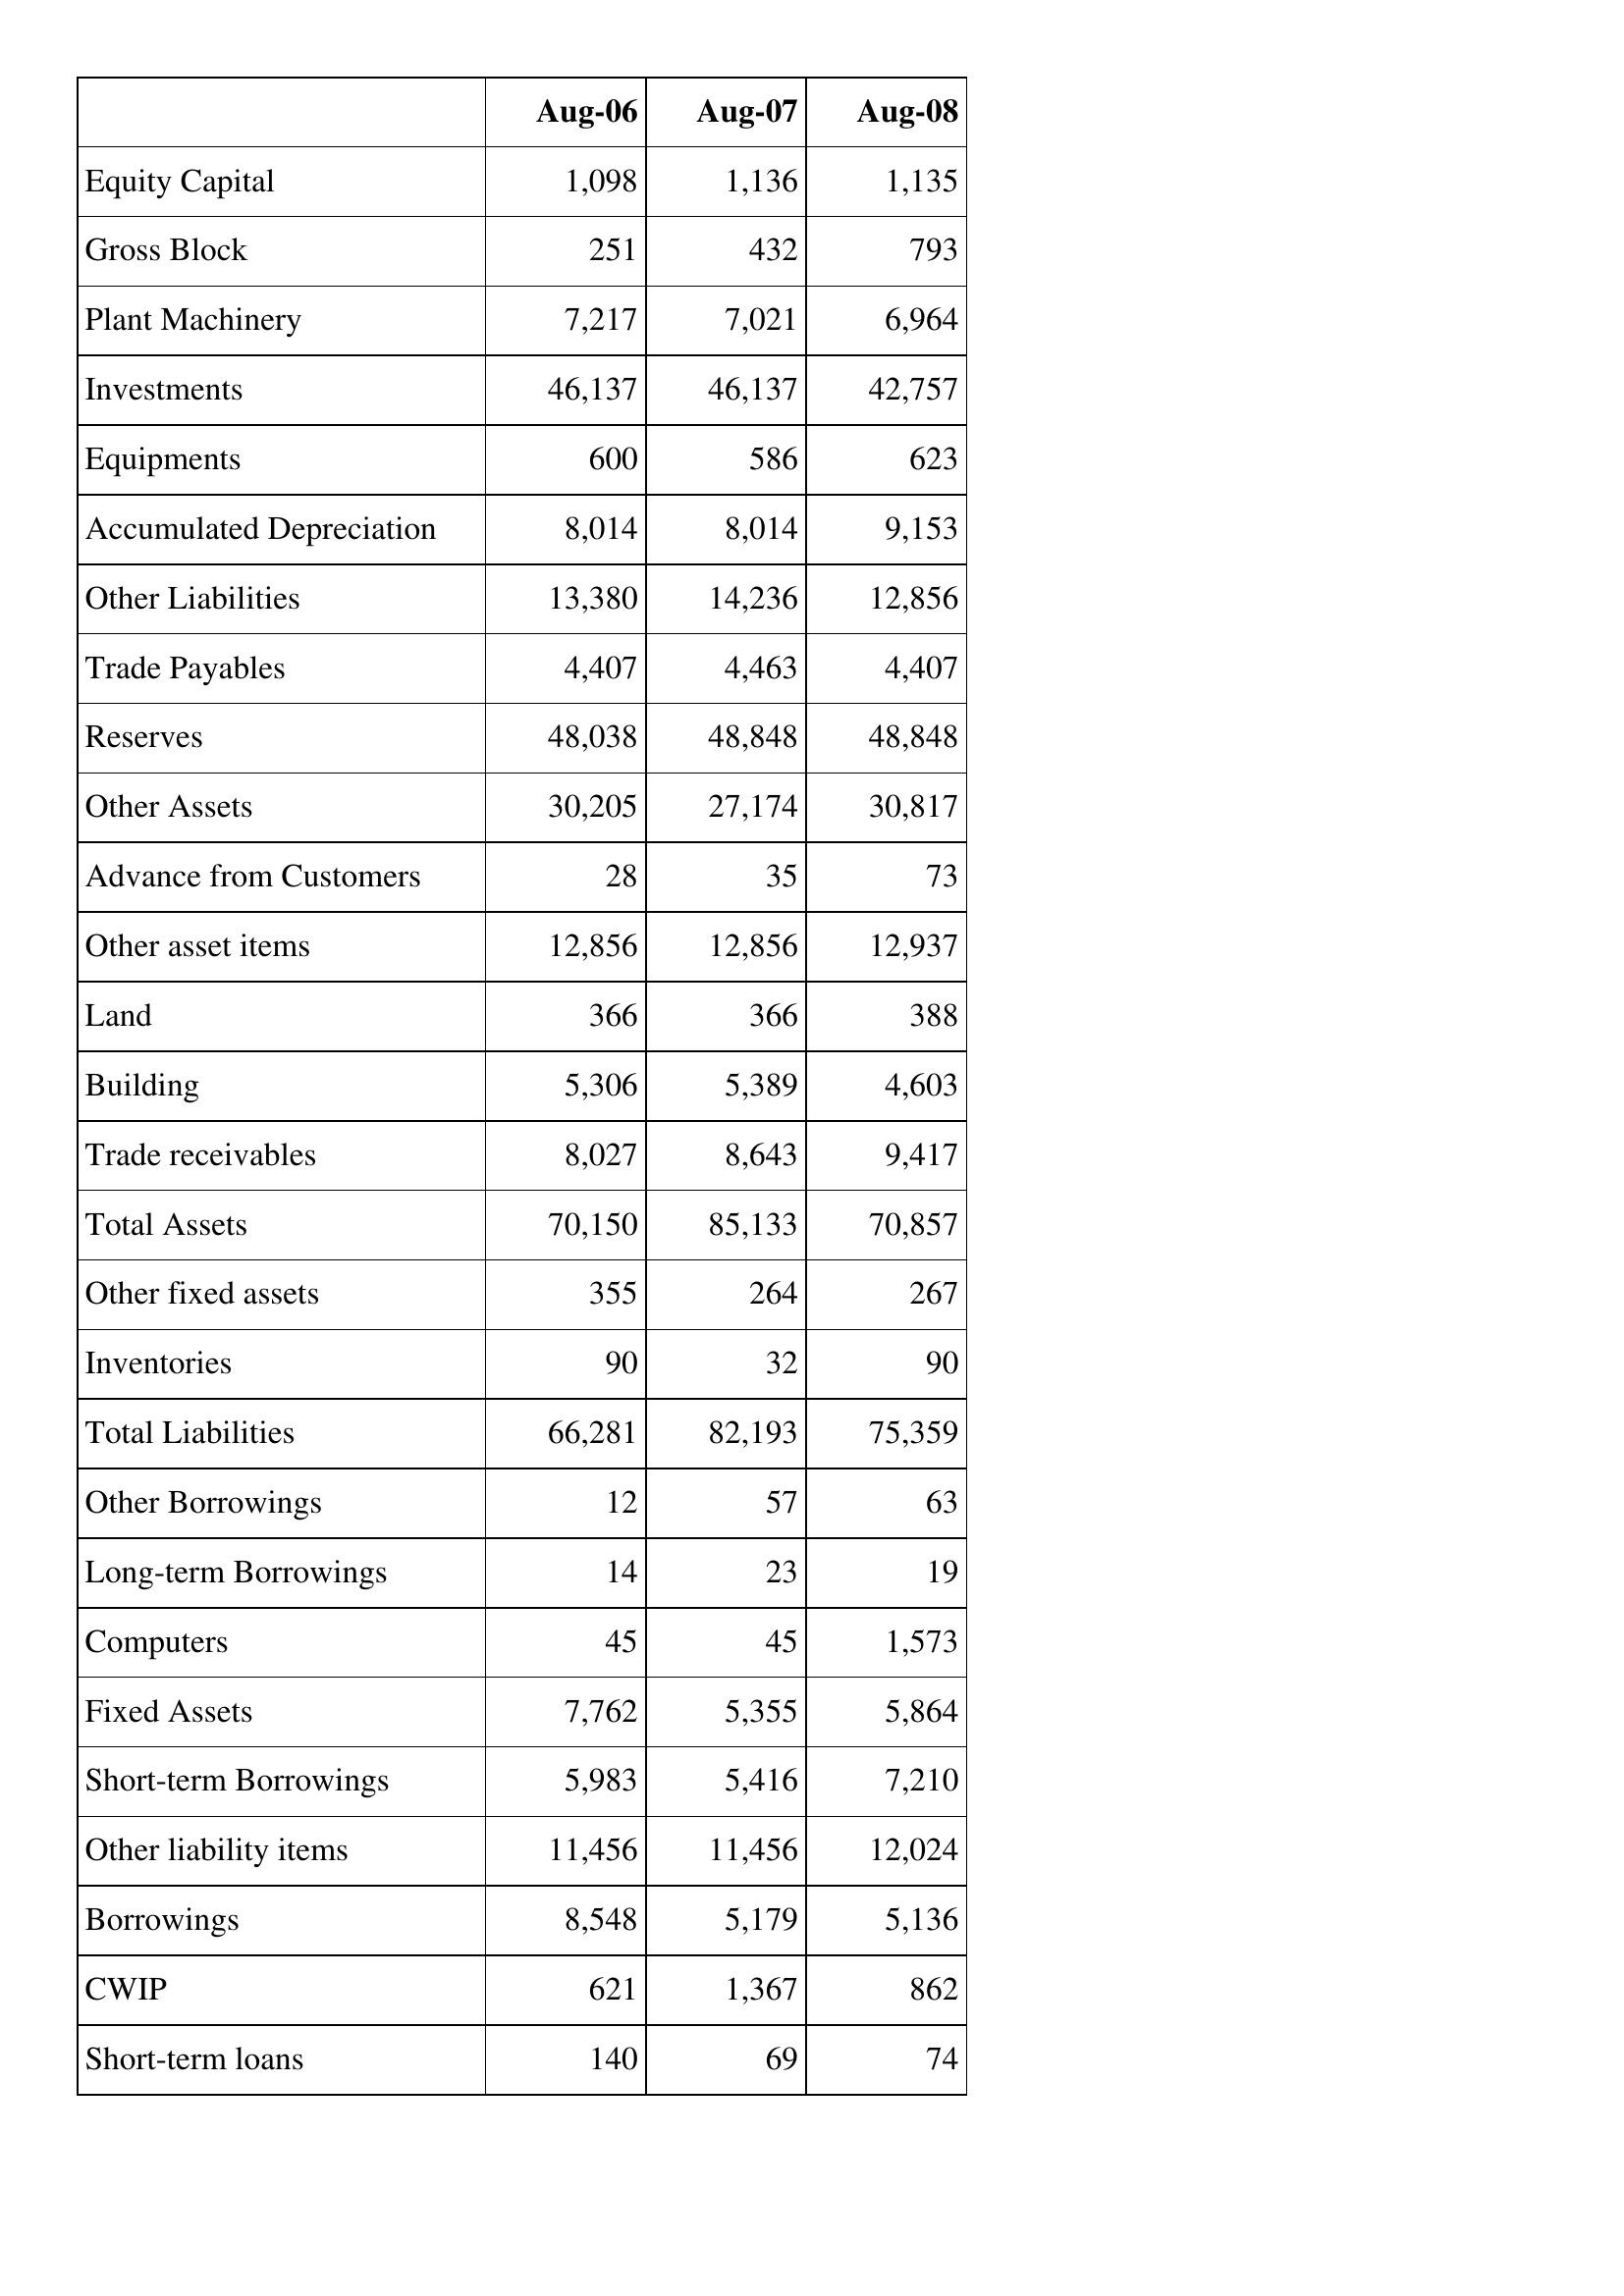
Aug-06: Balance Sheet: Equity Capital: 1,098
Gross Block: 251
Plant Machinery: 7,217
Investments: 46,137
Equipments: 600
Accumulated Depreciation: 8,014
Other Liabilities: 13,380
Trade Payables: 4,407
Reserves: 48,038
Other Assets: 30,205
Advance from Customers: 28
Other asset items: 12,856
Land: 366
Building: 5,306
Trade receivables: 8,027
Total Assets: 70,150
Other fixed assets: 355
Inventories: 90
Total Liabilities: 66,281
Other Borrowings: 12
Long-term Borrowings: 14
Computers: 45
Fixed Assets: 7,762
Short-term Borrowings: 5,983
Other liability items: 11,456
Borrowings: 8,548
CWIP: 621
Short-term loans: 140
Aug-07: Balance Sheet: Equity Capital: 1,136
Gross Block: 432
Plant Machinery: 7,021
Investments: 46,137
Equipments: 586
Accumulated Depreciation: 8,014
Other Liabilities: 14,236
Trade Payables: 4,463
Reserves: 48,848
Other Assets: 27,174
Advance from Customers: 35
Other asset items: 12,856
Land: 366
Building: 5,389
Trade receivables: 8,643
Total Assets: 85,133
Other fixed assets: 264
Inventories: 32
Total Liabilities: 82,193
Other Borrowings: 57
Long-term Borrowings: 23
Computers: 45
Fixed Assets: 5,355
Short-term Borrowings: 5,416
Other liability items: 11,456
Borrowings: 5,179
CWIP: 1,367
Short-term loans: 69
Aug-08: Balance Sheet: Equity Capital: 1,135
Gross Block: 793
Plant Machinery: 6,964
Investments: 42,757
Equipments: 623
Accumulated Depreciation: 9,153
Other Liabilities: 12,856
Trade Payables: 4,407
Reserves: 48,848
Other Assets: 30,817
Advance from Customers: 73
Other asset items: 12,937
Land: 388
Building: 4,603
Trade receivables: 9,417
Total Assets: 70,857
Other fixed assets: 267
Inventories: 90
Total Liabilities: 75,359
Other Borrowings: 63
Long-term Borrowings: 19
Computers: 1,573
Fixed Assets: 5,864
Short-term Borrowings: 7,210
Other liability items: 12,024
Borrowings: 5,136
CWIP: 862
Short-term loans: 74